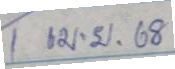
1 เม.ย. 68